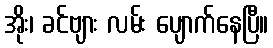
အိုး၊ ခင်ဗျား လမ်း ပျောက်နေပြီ။